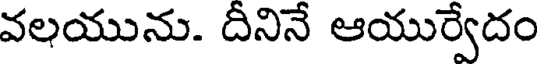
వలయును. దీనినే ఆయుర్వేదం